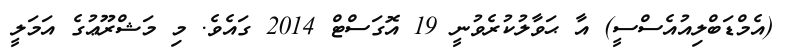
(އެމްޑަބްލިއުއެސްސީ) އާ ޙަވާލުކުރެވުނީ 19 އޮގަސްޓް 2014 ގައެވެ. މި މަޝްރޫޢުގެ އަމަލީ